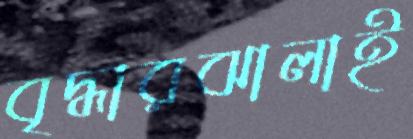
বৃদ্ধারঝালাই